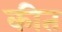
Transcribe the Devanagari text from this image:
कीत